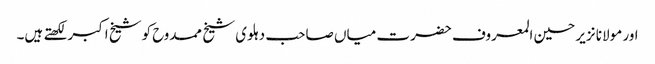
اور مولانا نزیر حسین المعروف حضرت میاں صاحب دہلوی شیخ ممدوح کوشیخ اکبر لکھتے ہیں۔